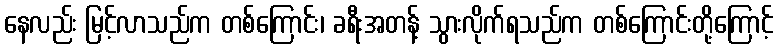
နေလည်း မြင့်လာသည်က တစ်ကြောင်း၊ ခရီးအတန့် သွားလိုက်ရသည်က တစ်ကြောင်းတို့ကြောင့်